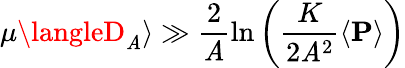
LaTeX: \mu\langleD_{\mathit{A}}\rangle\gg\frac{{2}}{{\mathit{A}}}\ln\left(\frac{{K}}{{2\mathit{A}^{2}}}\left<\mathbf{{P}}\right>\right)